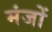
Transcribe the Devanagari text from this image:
मंजों